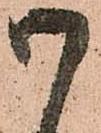
御